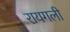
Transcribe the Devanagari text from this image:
रायगली